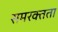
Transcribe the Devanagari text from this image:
समरक्तता